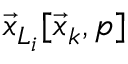
\vec { x } _ { L _ { i } } [ \vec { x } _ { k } , p ]